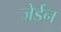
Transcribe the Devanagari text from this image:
जेर्डन